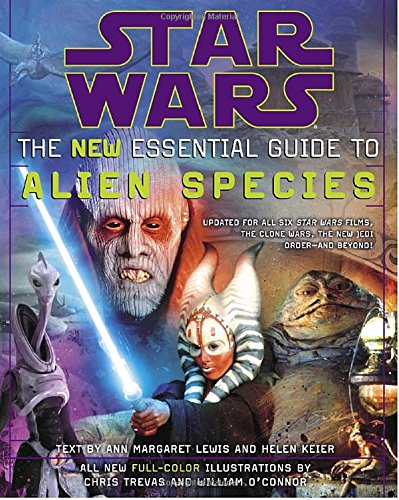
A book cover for The New Essential Guide to Alien Species (Star Wars); Ann Margaret Lewis; Science Fiction & Fantasy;